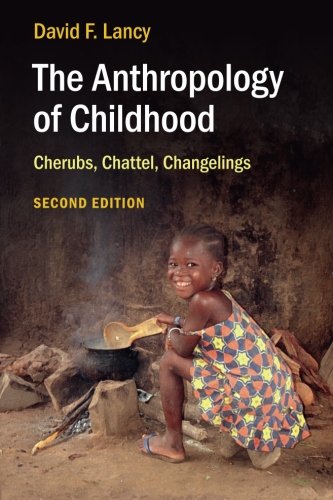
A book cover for The Anthropology of Childhood: Cherubs, Chattel, Changelings; David F. Lancy; Science & Math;